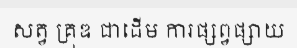
សត្វ គ្រុឌ ជាដើម ការផ្សព្វផ្សាយ